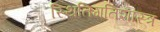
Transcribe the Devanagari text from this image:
स्थितिगतिशास्त्र